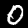
Label: 0